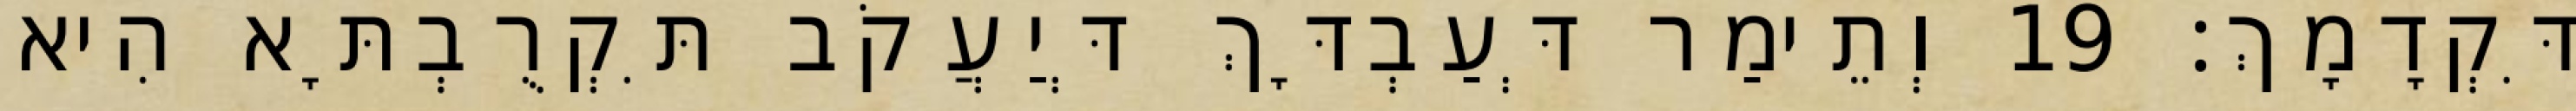
דִּקְדָמָךְ׃ 19 וְתֵימַר דְּעַבְדָּךְ דְּיַעֲקֹב תִּקְרֻבְתָּא הִיא